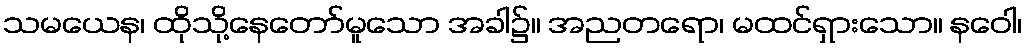
သမယေန၊ ထိုသို့နေတော်မူသော အခါ၌။ အညတရော၊ မထင်ရှားသော။ နဝေါ၊